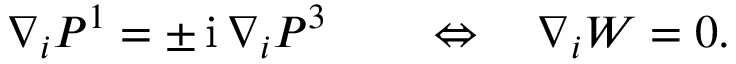
\nabla _ { i } P ^ { 1 } = \pm \, \mathrm { i } \, \nabla _ { i } P ^ { 3 } \qquad \Leftrightarrow \quad \nabla _ { i } W = 0 .